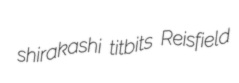
shirakashi titbits Reisfield